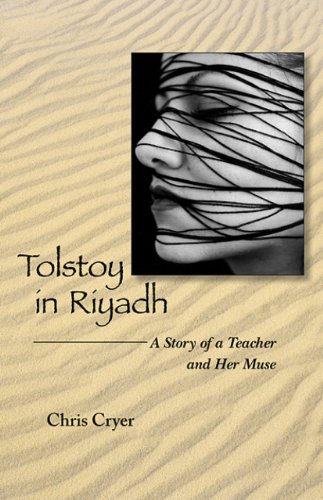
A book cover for Tolstoy in Riyadh: A Story of a Teacher and Her Muse; Chris Cryer; Travel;